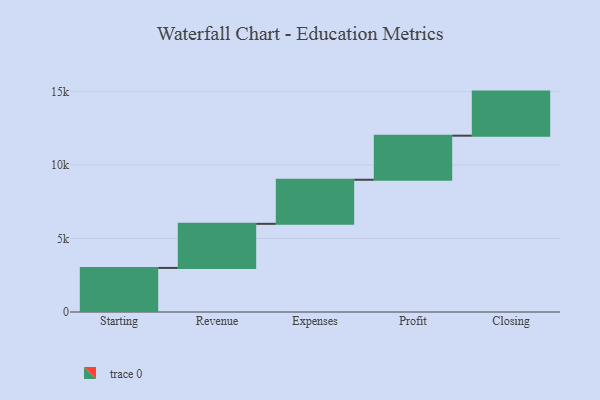
{"axis": {"x": "Step", "y": "Value"}, "legend": [""], "data": [{"x": "Starting", "y": 3000, "type": ""}, {"x": "Revenue", "y": 3000, "type": ""}, {"x": "Expenses", "y": 3000, "type": ""}, {"x": "Profit", "y": 3000, "type": ""}, {"x": "Closing", "y": 3000, "type": ""}]}